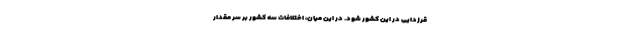
قرزدایی در این کشور شود. در این میان، اختلافات سه کشور بر سر مقدار